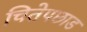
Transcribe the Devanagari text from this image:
चितेपछाड